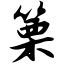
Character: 篥